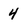
Character: 4